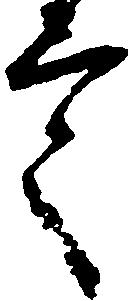
言